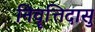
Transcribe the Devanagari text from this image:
निवॄत्तिदासु